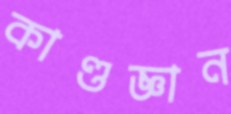
কাণ্ডজ্ঞান